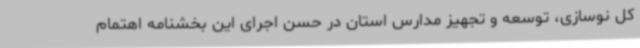
کل نوسازی، توسعه و تجهیز مدارس استان در حسن اجرای این بخشنامه اهتمام